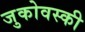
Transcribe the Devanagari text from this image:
जुकोवस्की